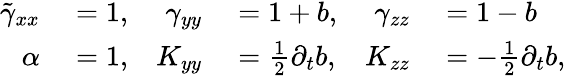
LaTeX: \begin{array}{rlrlrl}{\tilde{\gamma}_{xx}}&{{}=1,}&{\gamma_{yy}}&{{}=1+b,}&{\gamma_{zz}}&{{}=1-b}\\ {\alpha}&{{}=1,}&{K_{yy}}&{{}=\frac{1}{2}\partial_{t}b,}&{K_{zz}}&{{}=-\frac{1}{2}\partial_{t}b,}\end{array}